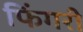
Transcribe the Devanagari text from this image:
फिंगरी